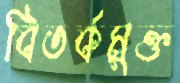
বিতর্কমুক্ত